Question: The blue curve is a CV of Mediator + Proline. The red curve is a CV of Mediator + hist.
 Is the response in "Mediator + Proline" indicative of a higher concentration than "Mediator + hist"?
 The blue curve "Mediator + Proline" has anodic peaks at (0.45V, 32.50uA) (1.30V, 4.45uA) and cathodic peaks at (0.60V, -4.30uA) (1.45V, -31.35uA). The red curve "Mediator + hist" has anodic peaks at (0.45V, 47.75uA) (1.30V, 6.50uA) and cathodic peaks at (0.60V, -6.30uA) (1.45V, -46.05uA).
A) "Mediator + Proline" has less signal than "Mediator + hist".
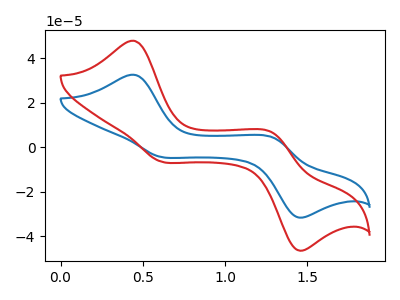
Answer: <think>All the peaks in "Mediator + Proline" have a peak in "Mediator + hist" at the same potential. Every peak in "Mediator + Proline" is lower than every peak in "Mediator + hist".
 </think>
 <answer>A) "Mediator + Proline" has less signal than "Mediator + hist".</answer>
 <eval>A</eval>